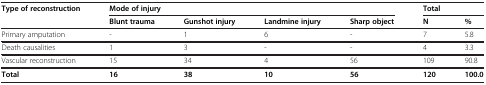
| Type of reconstruction | <COLSPAN=4> Mode of injury | <COLSPAN=2> Total |
 |  | Blunt trauma | Gunshot injury | Landmine injury | Sharp object | N | % |
 | --- | --- | --- | --- | --- | --- | --- |
 | Primary amputation | - | 1 | 6 | - | 7 | 5.8 |
 | Death causalities | 1 | 3 | - | - | 4 | 3.3 |
 | Vascular reconstruction | 15 | 34 | 4 | 56 | 109 | 90.8 |
 | Total | 16 | 38 | 10 | 56 | 120 | 100.0 |